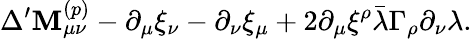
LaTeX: \Delta^{\prime}\mathbf{M}_{\mu\nu}^{(p)}-\partial_{\mu}\xi_{\nu}-\partial_{\nu}\xi_{\mu}+2\partial_{\mu}\xi^{\rho}\bar{{\lambda}}\Gamma_{\rho}\partial_{\nu}\lambda.